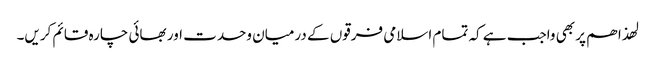
لھذا ھم پر بھی واجب ہے کہ تمام اسلامی فرقوں کے درمیان وحدت اور بھائی چارہ قائم کریں۔